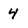
Character: 4